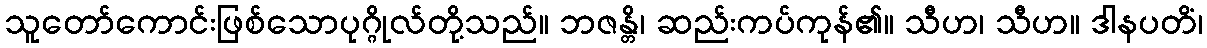
သူတော်ကောင်းဖြစ်သောပုဂ္ဂိုလ်တို့သည်။ ဘဇန္တိ၊ ဆည်းကပ်ကုန်၏။ သီဟ၊ သီဟ။ ဒါနပတိံ၊